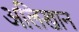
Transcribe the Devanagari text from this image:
अलिखान